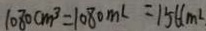
1 0 8 0 c m ^ { 3 } = 1 0 8 0 m L = 1 5 6 ( m ^ { 2 } _ { \cdot }